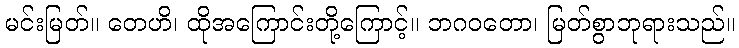
မင်းမြတ်။ တေဟိ၊ ထိုအကြောင်းတို့ကြောင့်။ ဘဂဝတော၊ မြတ်စွာဘုရားသည်။